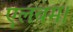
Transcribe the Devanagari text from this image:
एलबम।